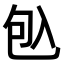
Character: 𠓨